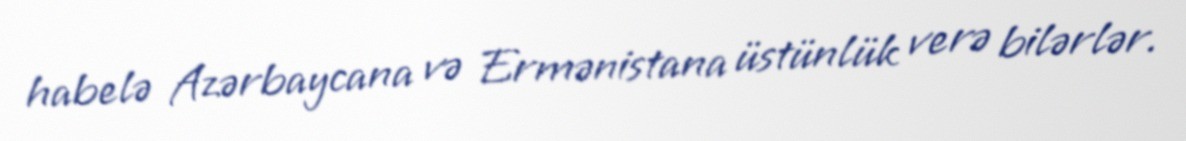
habelə Azərbaycana və Ermənistana üstünlük verə bilərlər.